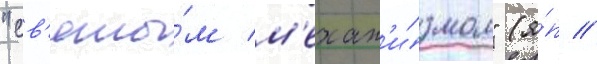
"св'яты́м м'ехан'и́змом" (я́п //